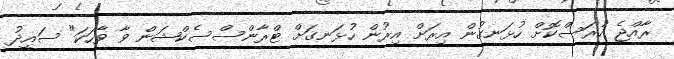
ރާއްޖެ ހުރަސްކޮށް ހުޅަނގުން އިރަށް އިރުން ހުޅަނގަށް ޓްރާންސްސެކްޝަން ވާ ވާހަކަ" ސައީދު